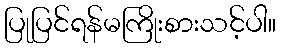
ပြုပြင်ရန်မကြိုးစားသင့်ပါ။